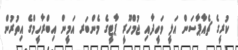
ކުރީގެ ޗެއާޕާސަން އަލީ ވަހީދާއި ޖުމްހޫރީ ޕާޓީގެ މެންބަރ އަމީން އިބްރާހީމްގެ އިތުރުން